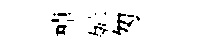
棹舛匆